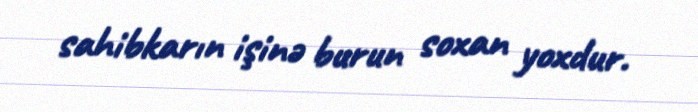
sahibkarın işinə burun soxan yoxdur.